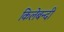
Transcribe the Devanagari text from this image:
किलेबन्‍दी